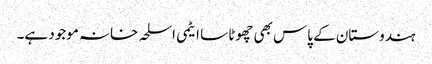
ہندوستان کے پاس بھی چھوٹا سا ایٹمی اسلحہ خانہ موجود ہے۔